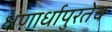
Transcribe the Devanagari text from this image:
क्षणार्धापुरतेच